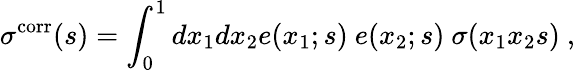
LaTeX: \sigma^{\mathrm{corr}}(s)=\int_{0}^{1}dx_{1}dx_{2}e(x_{1};s)~e(x_{2};s)~\sigma(x_{1}x_{2}s)~,